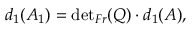
d _ { 1 } ( A _ { 1 } ) = { \operatorname * { d e t } } _ { F r } ( Q ) \cdot d _ { 1 } ( A ) ,